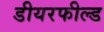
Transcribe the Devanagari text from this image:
डीयरफील्ड